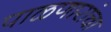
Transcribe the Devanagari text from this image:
पाळणारांचा